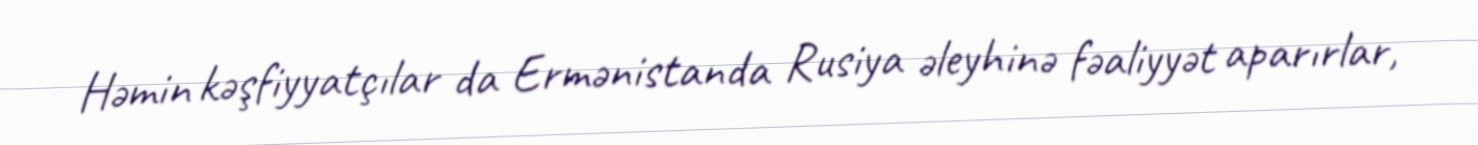
Həmin kəşfiyyatçılar da Ermənistanda Rusiya əleyhinə fəaliyyət aparırlar,